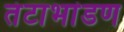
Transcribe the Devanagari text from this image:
तंटाभांडण